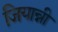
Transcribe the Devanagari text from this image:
जियान्नी